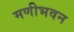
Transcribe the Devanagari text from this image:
मणीभवन